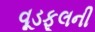
વૂડફૂલની